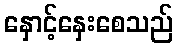
နှောင့်နှေးစေသည်